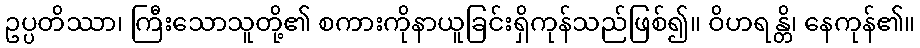
ဥပ္ပတိဿာ၊ ကြီးသောသူတို့၏ စကားကိုနာယူခြင်းရှိကုန်သည်ဖြစ်၍။ ဝိဟရန္တိ၊ နေကုန်၏။